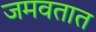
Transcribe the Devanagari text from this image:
जमवतात